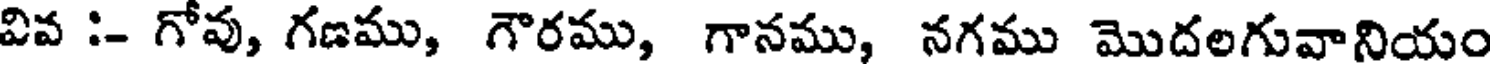
వివ :- గోవు, గణము, గౌరము, గానము, నగము మొదలగువానియం